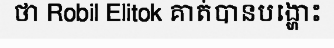
ថា Robil Elitok គាត់បានបង្ហោះ